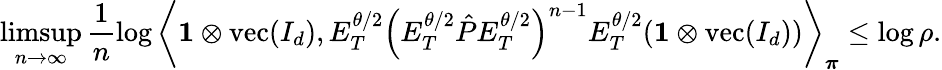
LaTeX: \operatorname*{limsup}_{n\to\infty}\frac{1}{n}\log\left\langle\mathbf{1}\otimes\operatorname{vec}(I_{d}),E_{T}^{\theta/2}\left(E_{T}^{\theta/2}\hat{P}E_{T}^{\theta/2}\right)^{n-1}E_{T}^{\theta/2}(\mathbf{1}\otimes\operatorname{vec}(I_{d}))\right\rangle_{\boldsymbol\pi}\leq\log\rho.